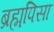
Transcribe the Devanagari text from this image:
ब्रह्मपिसा